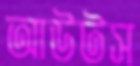
আউটস